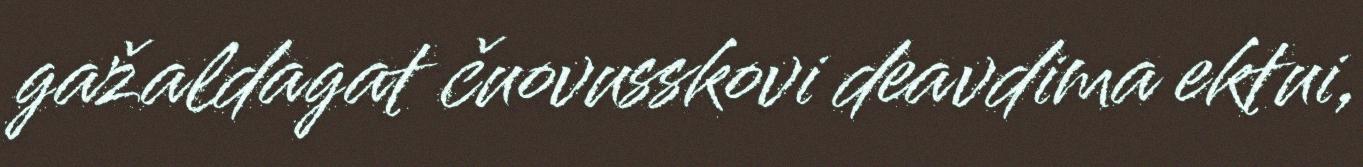
gažaldagat čuovusskovi deavdima ektui,